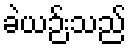
ခဲယဉ်းသည်